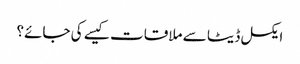
ایکسل ڈیٹا سے ملاقات کیسے کی جائے؟